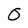
Character: O